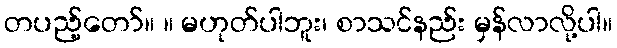
တပည့်တော်။ ။ မဟုတ်ပါဘူး၊ စာသင်နည်း မှန်လာလို့ပါ။